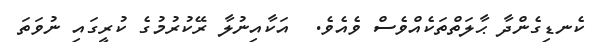
ކެނޑިގެންދާ ޙާލަތްތަކެއްވެސް ވެއެވެ.  އަކާއިނުލާ ރޭކުރުމުގެ ކުރީގައި ނުވަތަ